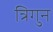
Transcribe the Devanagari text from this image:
त्रिगुन